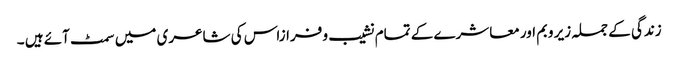
زندگی کے جملہ زیر وبم اور معاشرے کے تمام نشیب و فرازاس کی شاعری میں سمٹ آئے ہیں ۔